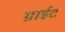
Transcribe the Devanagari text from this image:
ग्राईट